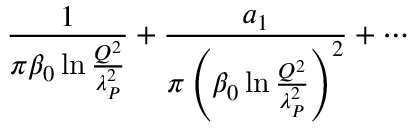
{ \frac { 1 } { \pi \beta _ { 0 } \ln { \frac { Q ^ { 2 } } { \lambda _ { P } ^ { 2 } } } } } + { \frac { a _ { 1 } } { \pi \left( \beta _ { 0 } \ln { \frac { Q ^ { 2 } } { \lambda _ { P } ^ { 2 } } } \right) ^ { 2 } } } + \cdots